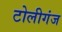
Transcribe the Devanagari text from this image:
टोलीगंज